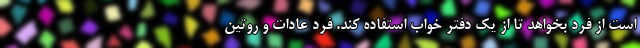
است از فرد بخواهد تا از یک دفتر خواب استفاده کند. فرد عادات و روتین